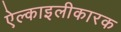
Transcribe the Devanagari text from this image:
ऐल्काइलीकारक